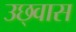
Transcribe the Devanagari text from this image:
उछ्वास